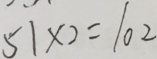
5 1 \times 2 = 1 0 2